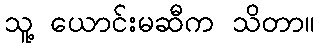
သူ့ ယောင်းမဆီက သိတာ။